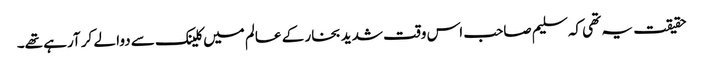
حقیقت یہ تھی کہ سلیم صاحب اس وقت شدید بخار کے عالم میں کلینک سے دوا لے کر آرہے تھے۔